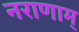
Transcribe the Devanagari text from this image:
नराणाम्